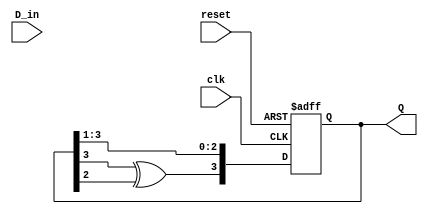
module feedback_register (
    input wire clk,          // Clock input
    input wire reset,        // Reset signal
    input wire D_in,         // Input data line
    output reg [N-1:0] Q     // Output register (N bits)
);
    parameter N = 4;         // Number of bits in the register

    // Internal feedback signal (can be modified based on design requirements)
    wire feedback;

    // Example feedback logic: XOR of the last two bits
    assign feedback = Q[N-1] ^ Q[N-2];

    always @(posedge clk or posedge reset) begin
        if (reset) begin
            Q <= 0;           // Initialize register to zero on reset
        end else begin
            // Shift operation with feedback
            Q <= {feedback, Q[N-1:1]}; // Shift left and insert feedback at LSB
        end
    end
endmodule